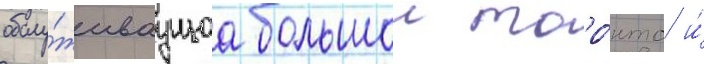
обслу́живаущаа большои торо́нто и́